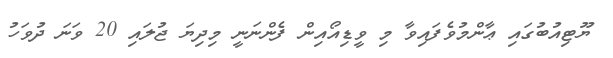
ޔޫޓިއުބުގައި ޢާންމުވެފައިވާ މި ވީޑިއޯއިން ފެންނަނީ މިދިޔަ ޖުލައި 20 ވަނަ ދުވަހު